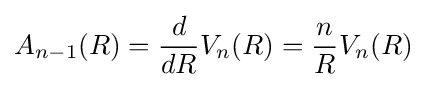
A_{n-1}(R)={\frac {d}{dR}}V_{n}(R)={\frac {n}{R}}V_{n}(R)